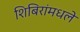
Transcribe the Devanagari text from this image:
शिबिरांमधले